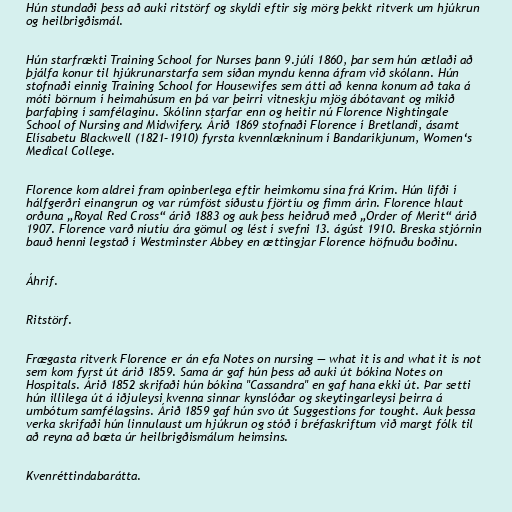
Hún stundaði þess að auki ritstörf og skyldi eftir sig mörg þekkt ritverk um hjúkrun
og heilbrigðismál.

Hún starfrækti Training School for Nurses þann 9.júlí 1860, þar sem hún ætlaði að
þjálfa konur til hjúkrunarstarfa sem síðan myndu kenna áfram við skólann. Hún
stofnaði einnig Training School for Housewifes sem átti að kenna konum að taka á
móti börnum í heimahúsum en þá var þeirri vitneskju mjög ábótavant og mikið
þarfaþing í samfélaginu. Skólinn starfar enn og heitir nú Florence Nightingale
School of Nursing and Midwifery. Árið 1869 stofnaði Florence í Bretlandi, ásamt
Elísabetu Blackwell (1821–1910) fyrsta kvennlækninum í Bandaríkjunum, Women‘s
Medical College.

Florence kom aldrei fram opinberlega eftir heimkomu sína frá Krím. Hún lifði í
hálfgerðri einangrun og var rúmföst síðustu fjörtíu og fimm árin. Florence hlaut
orðuna „Royal Red Cross“ árið 1883 og auk þess heiðruð með „Order of Merit“ árið
1907. Florence varð níutíu ára gömul og lést í svefni 13. ágúst 1910. Breska stjórnin
bauð henni legstað í Westminster Abbey en ættingjar Florence höfnuðu boðinu.

Áhrif.

Ritstörf.

Frægasta ritverk Florence er án efa Notes on nursing — what it is and what it is not
sem kom fyrst út árið 1859. Sama ár gaf hún þess að auki út bókina Notes on
Hospitals. Árið 1852 skrifaði hún bókina "Cassandra" en gaf hana ekki út. Þar setti
hún illilega út á iðjuleysi kvenna sinnar kynslóðar og skeytingarleysi þeirra á
umbótum samfélagsins. Árið 1859 gaf hún svo út Suggestions for tought. Auk þessa
verka skrifaði hún linnulaust um hjúkrun og stóð í bréfaskriftum við margt fólk til
að reyna að bæta úr heilbrigðismálum heimsins.

Kvenréttindabarátta.